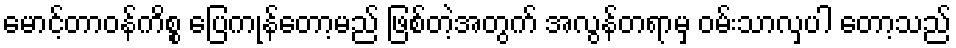
မောင့်တာဝန်ကိစ္စ ပြေကုန်တော့မည် ဖြစ်တဲ့အတွက် အလွန်တရာမှ ဝမ်းသာလှပါ တော့သည်